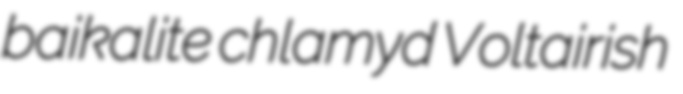
baikalite chlamyd Voltairish